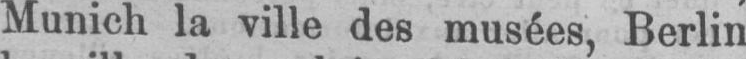
Munich la ville des musées, Berlin